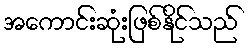
အကောင်းဆုံးဖြစ်နိုင်သည်